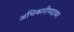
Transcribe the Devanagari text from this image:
अधिकारीपदावर